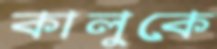
কালুকে